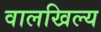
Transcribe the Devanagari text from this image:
वालखिल्‍य